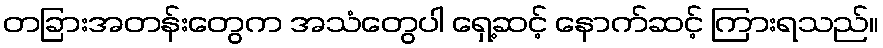
တခြားအတန်းတွေက အသံတွေပါ ရှေ့ဆင့် နောက်ဆင့် ကြားရသည်။